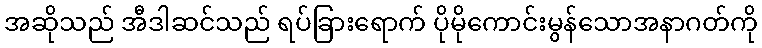
အဆိုသည် အီဒါဆင်သည် ရပ်ခြားရောက် ပိုမိုကောင်းမွန်သောအနာဂတ်ကို